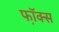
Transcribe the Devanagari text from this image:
फॉ़क्स